Insane asylums in Bengal annual reports 1867-1875 - 1867-1875
Year: 1867
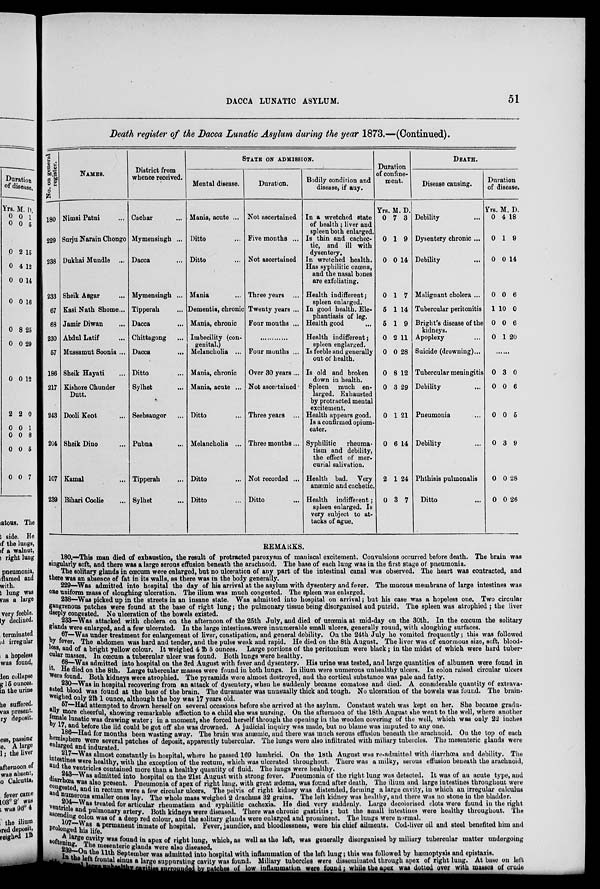
DACCA LUNATIC ASYLUM.
51
Death register of the Dacca Lunatic Asylum during the year 1873.—(Continued).
No. on general
register.
180
229
238
233
67
68
230
57
186
217
243
204
107
239
NAMES.
Nimai Patni ...
Surju Narain Chongo
Dukhai Mundle ...
Sheik Asgar ...
Kasi Nath Shome...
Jamir Diwan ...
Abdul Latif ...
Mussamut Soonia ...
Sheik Hayati ...
Kishore Chunder ...
Dutt.
Dooli Keot ...
Sheik Dino ...
Kamal ...
Bihari Coolie ...
District from
whence received.
Cachar ...
Mymensingh ...
Dacca ...
Mymensingh ...
Tipperah ...
Dacca ...
Chittagong ...
Dacca ...
Ditto ...
Sylhet ...
Seebsaugor ...
Pubna ...
Tipperah ...
Sylhet ...
STATE ON ADMISSION.
Mental disease.
Mania, acute ...
Ditto ...
Ditto ...
Mania ...
Dementia, chronic
Mania, chronic
Imbecility (con-
genital.)
Melancholia ...
Mania, chronic
Mania, acute ...
Ditto ...
Melancholia ...
Ditto ...
Ditto ...
Duration.
Not ascertained
Five months ...
Not ascertained
Three years ...
Twenty years ...
Four months ...
...........
Four months ...
Over 30 years...
Not ascertained
Three years ...
Three months...
Not recorded ...
Ditto ...
Bodily condition and
disease, if any.
In a wretched state
of health ; liver and
spleen both enlarged.
Is thin and cachec-
tic, and ill with
dysentery.
In wretched health.
Has syphilitic ozœna,
and the nasal bones
are exfoliating.
Health indifferent;
spleen enlarged.
In good health. Ele-
phantiasis of leg.
Health good ...
Health indifferent;
spleen englarged.
Is feeble and generally
out of health.
Is old and broken
down in health.
Spleen much en-
larged. Exhausted
by protracted mental
excitement.
Health appears good.
Is a confirmed opium-
eater.
Syphilitic
rheuma-
tism and debility,
the effect of mer-
curial salivation.
Health bad. Very
anæmic and cachetic.
Health indifferent;
spleen enlarged. Is
very subject to at-
tacks of ague.
Duration
of confine-
ment.
Yrs.
0
0
0
0
5
5
0
0
0
0
0
0
2
0
M.
7
1
0
1
1
1
2
0
8
3
1
6
1
3
D.
3
9
14
7
14
9
11
28
12
29
21
14
24
7
DEATH.
Disease causing.
Debility ...
Dysentery chronic ...
Debility ...
Malignant cholera ...
Tubercular peritonitis
Bright's disease of the
kidneys.
Apoplexy ...
Suicide (drowning)...
Tubercular meningitis
Debility ...
Pneumonia ...
Debility ...
Phthisis pulmonalis
Ditto ...
Duration
of disease.
Yrs.
0
0
0
0
1
0
0
M.
4
1
0
0
10
0
1
D.
18
9
14
6
0
6
20
.......
0
0
0
0
0
0
3
0
0
3
0
0
0
6
5
9
28
26
REMARKS.
180.—This man died of exhaustion, the result of protracted paroxysm of maniacal excitement. Convulsions occurred before death. The brain was
singularly soft, and there was a large serous effusion beneath the arachnoid. The base of each lung was in the first stage of pneumonia.
The solitary glands in cœcum were enlarged, but no ulceration of any part of the intestinal canal was observed. The heart was contracted, and
there was an absence of fat in its walls, as there was in the body generally.
229—Was admitted into hospital the day of his arrival at the asylum with dysentery and fever. The mucous membrane of large intestines was
one uniform mass of sloughing ulceration. The ilium was much congested. The spleen was enlarged.
238—Was picked up in the streets in an insane state. Was admitted into hospital on arrival; but his case was a hopeless one. Two circular
gangrenous patches were found at the base of right lung; the pulmonary tissue being disorganised and putrid. The spleen was atrophied ; the liver
deeply congested. No ulceration of the bowels existed.
233—Was attacked with cholera on the afternoon of the 25th July, and died of urœmia at mid-day on the 30th. In the cœcum the solitary
glands were enlarged, and a few ulcerated. In the large intestines.were innumerable small ulcers, generally round, with sloughing surfaces.
67—Was under treatment for enlargement of liver, constipation, and general debility. On the 24th July he vomited frequently; this was followed
by fever. The abdomen was hard and tender, and the pulse weak and rapid. He died on the 8th August. The liver was of enormous size, soft, blood-
less, and of a bright yellow colour. It weighed 4 lb 5 ounces. Large portions of the peritonium were black; in the midst of which were hard tuber-
cular masses. In cœcum a tubercular ulcer was found. Both lungs were healthy.
68—Was admitted into hospital on the 3rd August with fever and dysentery. His urine was tested, and large quantities of albumen were found in
it. He died on the 8th. Large tubercular masses were found in both lungs. In ilium were numerous unhealthy ulcers. In colon raised circular ulcers
found. Both kidneys were atrophied. The pyramids were almost destroyed, and the cortical substance was pale and fatty.
230—Was in hospital recovering from an attack of dysentery, when he suddenly became comatose and died. A considerable quantity of extrava-
sated blood was found at the base of the brain. The duramater was unusually thick and tough. No ulceration of the bowels was found. The brain-
weighed
only 2lb 1 ounce, although the boy was 17 years old.
57—Had attempted to drown herself on several occasions before she arrived at the asylum. Constant watch was kept on her. She became gradu-
ally more cheerful, showing remarkable affection to a child she was nursing. On the afternoon of the 18th August she went to the well, where another
female lunatic was drawing water; in a moment, she forced herself through the opening in the wooden covering of the well, which was only 22 inches
by 17, and before the lid could be got off she was drowned. A judicial inquiry was made, but no blame was imputed to any one.
186 —Had for months been wasting away. The brain was anæmic, and there was much serous effusion beneath the arachnoid. On the top of each
hemisphere were several patches of deposit, apparently tubercular. The lungs were also infiltrated with miliary tubercles. The mesenteric glands were
enlarged and indurated.
217—Was
almost constantly in hospital, where he passed 169 lumbrici. On the 18th August was re-admitted with diarrhœa and debility. The
intestines were healthy, with the exception of the rectum, which was ulcerated throughout. There was a milky, serous effusion beneath the arachnoid,
and the ventricles contained more than a healthy quantity of fluid. The lungs were healthy,
243—Was admittied into hospital on the 21st August with strong fever. Pneumonia of the right lung was detected. It was of an acute type, and
diarrhœa was also present. Pneumonia of apex of right lung, with great ædema, was found after death. The ilium and large intestines throughout were
congested, and in rectum were a few circular ulcers. The pelvis of right kidney was distended, forming a large cavity, in which an irregular calculus
and numerous smaller ones lay. The whole mass weighed 2 drachms 32 grains. The left kidney was healthy, and there was no stone in the bladder.
204—Was treated for articular rheumatism and syphilitic cachexia. He died very suddenly. Large decolorised clots were found in the right
ventricle and pulmonary artery. Both kidneys were diseased. There was chronic gastritis ; but the small intestines were healthy throughout. The
ascending colon was of a deep red colour, and the solitary glands were enlarged and prominent. The lungs were normal.
107—Was a permanent inmate of hospital. Fever, jaundice, and bloodlessness, were his chief ailments. Cod-liver oil and steel benefited him and
prolonged his life.
A large cavity was found in apex of right lung, which, as well as the left, was generally disorganised by miliary tubercular matter undergoing
softening.The
mesenteric glands were also diseased.
289—On the 11th September was admitted into hospital with inflammation of the left lung; this was followed by hæmoptysis and epistaxis.
the left frontal sinus a large suppurating cavity was found. Miliary tubercles were disseminated through apex of right lung. At base on left
side several large unhealthy cavities surrounded by patches of low inflammation were found; while the apex was dotted over with masses of crude